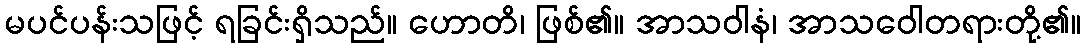
မပင်ပန်းသဖြင့် ရခြင်းရှိသည်။ ဟောတိ၊ ဖြစ်၏။ အာသဝါနံ၊ အာသဝေါတရားတို့၏။